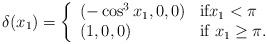
LaTeX: \begin{align*}\delta(x_1)=\left\{\begin{array}{ll} (-\cos^3 x_1,0,0) & \hbox{if$x_1<\pi$} \\ (1,0,0) & \hbox{if $x_1\geq\pi$.}\end{array}\right.\end{align*}